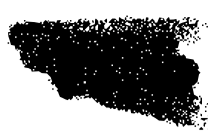
Text: his
Cross-out: scratch
Writing tool: digital_black